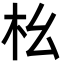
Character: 㭃